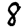
Digit: 8